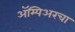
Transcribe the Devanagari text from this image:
ॲम्पिअरचा